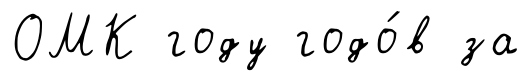
ОМК году годо́в за